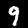
Label: 9